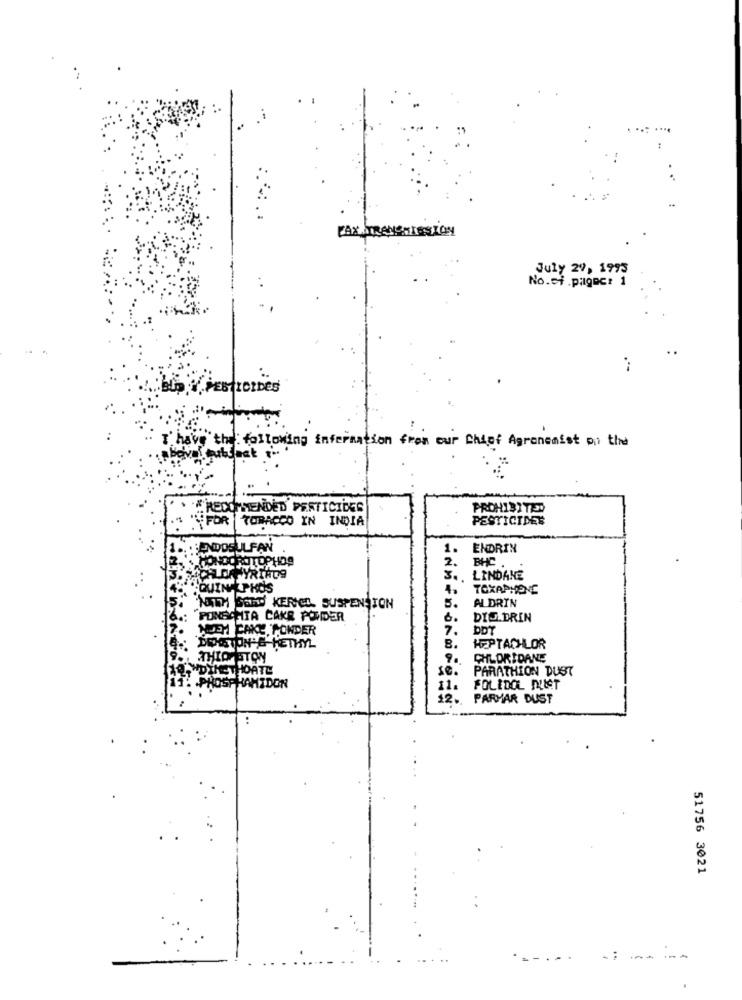
.... ....
. :
July 29, 1993
No.si .pagec: 1
Ve the following information from our Chief Agrenenist on the
"# RECOMMENDED PESTICIDES
PROHIBITED
""FOR | TOBACCO IN INDIA
PESTICIDEE
ENDOSULFAN
1.
ENDRIN
2.
BHC
SYRIADS
3 ., LINDANE
QUINFLPHOS
4.
TOXAPHONE
ALDRIN
NATH GELD KEREL SUSPENSION
5.
PONSCHITA CAKE PONDER
&.
DIE DRIN
NEM CAKE PONDER
7.
DDT
IN'S HETHYL
8.
HEPTACHLOR
IOSTON
CHLORIDANE
3.HDTHETHOATE
PARATHION DUST
. . PHOSP HAMIDON
11.
FOLIDOL DUIST
12.
PARMAR DUST
..
51756 3021
-- --